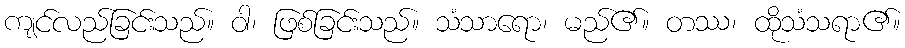
ကျင်လည်ခြင်းသည်။ ဝါ၊ ဖြစ်ခြင်းသည်။ သံသာရော၊ မည်၏။ တဿ၊ ထိုသံသရာ၏။